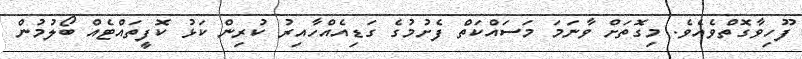
ފޫހިވާގޮތްވެއެވެ. މިގޮތަށް ވާނަމަ މަސައްކަތް ފެށުމުގެ ގަޑިއެއްހާއިރު ކުރިން ކަޅު ކޮފީތައްޓެއް ބޯލުމުން